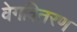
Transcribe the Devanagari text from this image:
वेगवितरण